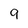
Character: 9